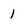
Character: 1